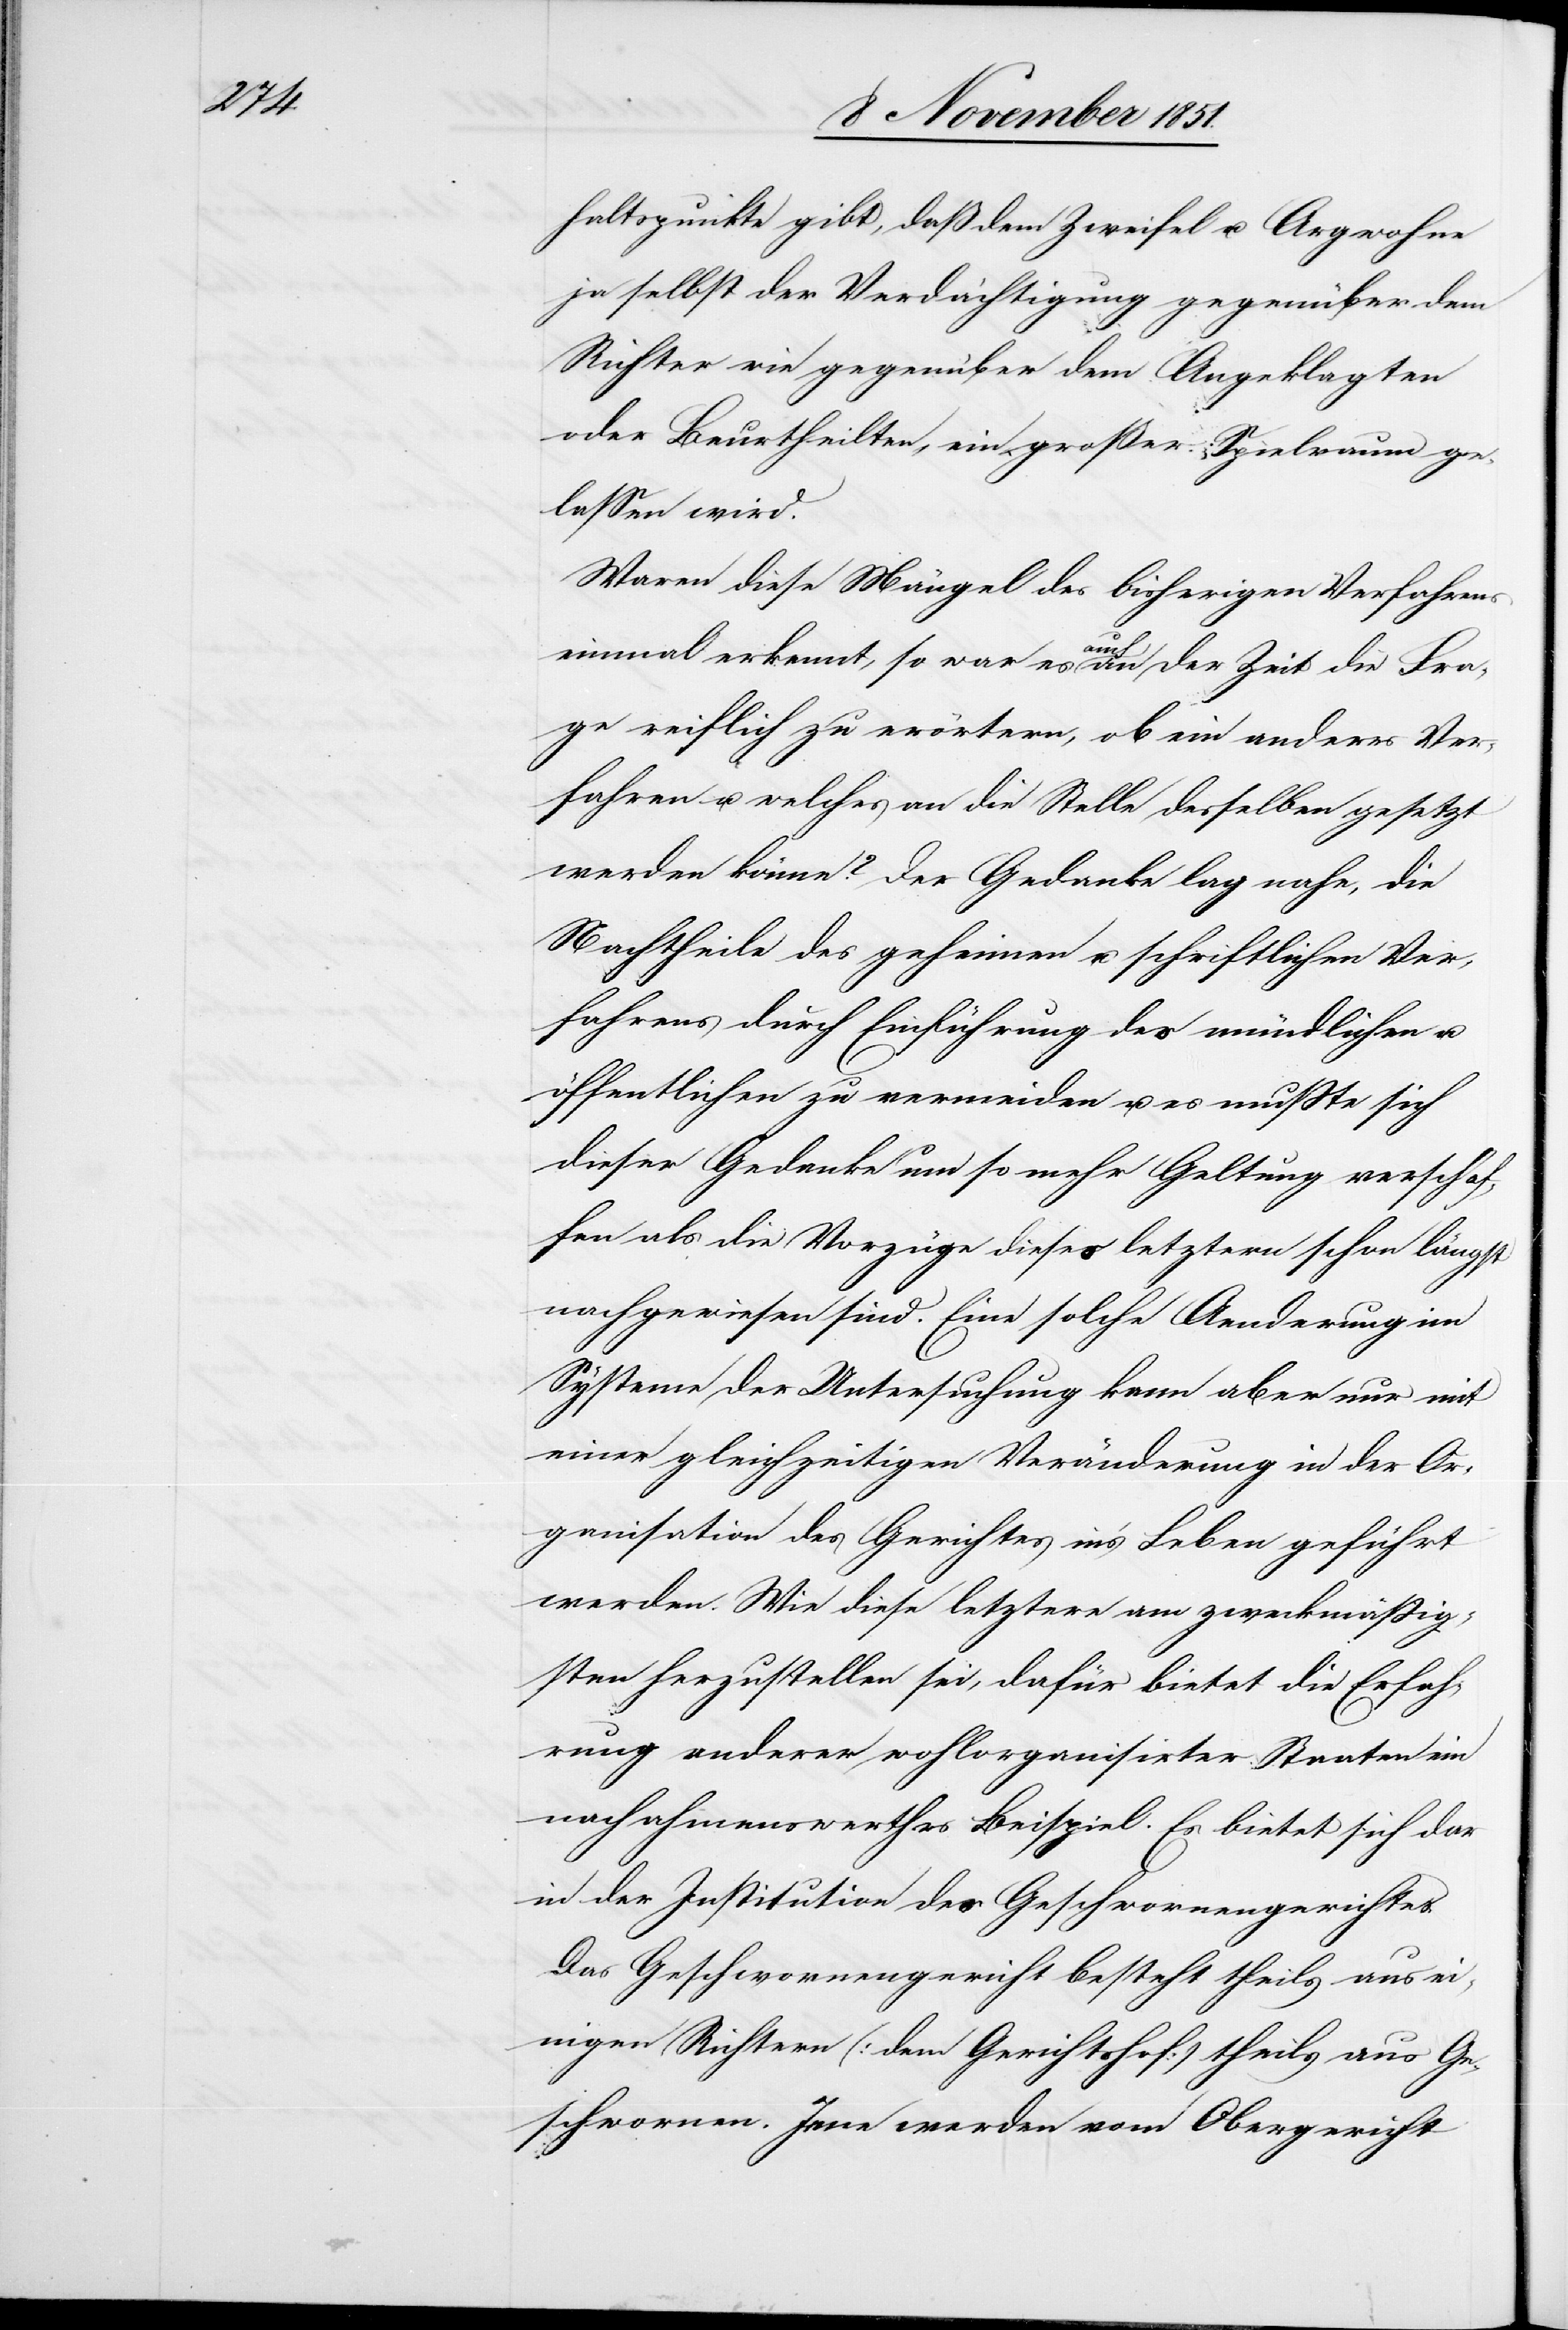
haltspunkte gibt, daß dem Zweifel u. Argwohne
ja selbst der Verdächtigung gegenüber dem
Richter wie gegenüber dem Angeklagten
oder Beurtheilten, ein großer Spielraum ge¬
lassen wird.
Waren diese Mängel des bisherigen Verfahrens
einmal erkennt, so war es auch an der Zeit die Fra¬
ge reiflich zu erörtern, ob ein anderes Ver¬
fahren u. welches an die Stelle desselben gesetzt
werden könne? Der Gedanke lag nahe, die
Nachtheile des geheimen u. schriftlichen Ver¬
fahrens durch Einführung des mündlichen u.
öffentlichen zu vermeiden u. es mußte sich
dieser Gedanke um so mehr Geltung verschaf¬
fen als die Vorzüge dieses letztern schon längst
nachgewiesen sind. Eine solche Aenderung im
Systeme der Untersuchung kann aber nur mit
einer gleichzeitigen Veränderung in der Or¬
ganisation des Gerichtes in’s Leben geführt
werden. Wie diese letztere am zweckmäßig¬
sten herzustellen sei, dafür bietet die Erfah¬
rung anderer wohlorganisirter Staaten ein
nachahmenswerthes Beispiel. Es bietet sich dar
in der Institution des Geschwornengerichtes.
Das Geschwornengericht besteht theils aus ei¬
nigen Richtern (dem Gerichtshof) theils aus Ge¬
schwornen. Jene werden vom Obergericht